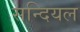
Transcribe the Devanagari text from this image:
सन्दियल